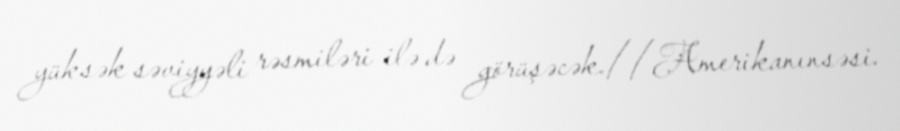
yüksək səviyyəli rəsmiləri ilə də görüşəcək.//Amerikanınsəsi.